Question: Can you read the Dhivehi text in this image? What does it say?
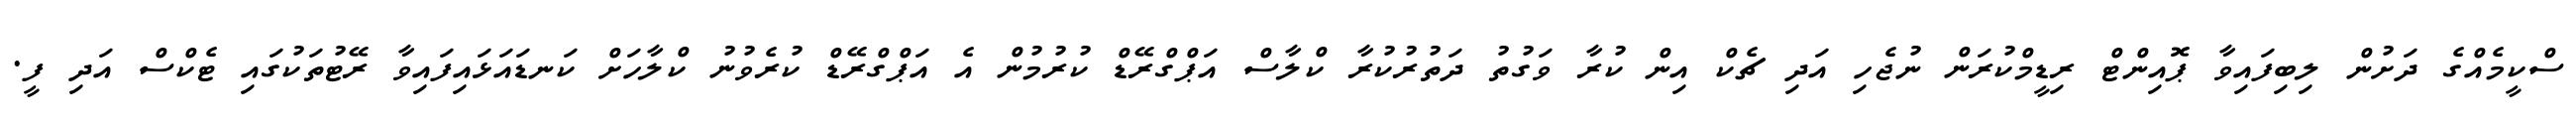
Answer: ސްކީމެއްގެ ދަށުން ލިބިފައިވާ ޕޮއިންޓް ރިޑީމްކުރަން ނުޖެހި އަދި ޗެކް އިން ކުރާ ވަގުތު ދަތުރުކުރާ ކްލާސް އަޕްގްރޭޑް ކުރުމުން އެ އަޕްގްރޭޑް ކުރެވުނު ކްލާހަށް ކަނޑައަޅައިފައިވާ ރޭޓުތަކުގައި ޓެކްސް އަދި ފީ.